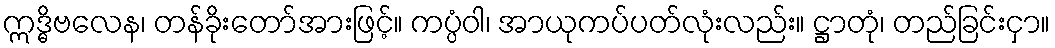
ဣဒ္ဓိဗလေန၊ တန်ခိုးတော်အားဖြင့်။ ကပ္ပံဝါ၊ အာယုကပ်ပတ်လုံးလည်း။ ဋ္ဌာတုံ၊ တည်ခြင်းငှာ။